Annual report of the Bengal Veterinary College and of the Civil Veterinary Department, Bengal, for the year 1907-1908 - 1907-1908
Year: 1907
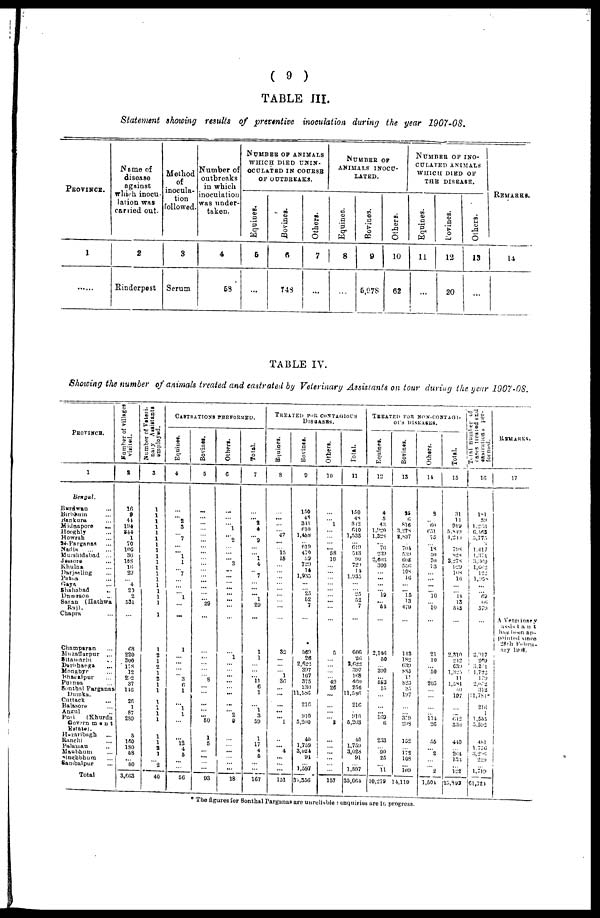
( 9 )
TABLE III.
Statement showing results of preventive inoculation during the year 1901-08.
PROVINCE.
1
......
Name of
disease
against
which inocu-
lation was
carried out.
2
Rinderpest
Method
of
inocula-
tion
followed.
3
Serum
Number of
outbreaks
in which
inoculation
was under-
taken.
4
58
NUMBER
OF
ANIMALS
WHICH DIED UNIN
OCULATED IN COURSE
OF
OUTBREAKS.
Equines.
5
...
Bovines.
6
743
Others.
7
...
NUMBER
OF
ANIMALS
INOCU-
-----.
Equines.
8
...
Bovines.
9
5,978
Others.
10
62
NUMBER OF INO¬
CULATED ANIMALS
WHICH DIED OF
THE DISEASE.
Equines.
11
...
Bovines.
12
20
Others.
13
...
REMARKS.
14
TABLE IV.
Showing the number of animals treated and castrated by Veterinary Assistants on tour during the year 1907-08.
PROVINCE.
1
Bengal.
Burdwan ...
Birbhum ...
Bankura ...
Midnapore ...
Hooghly ...
Howrah ...
24-Parganas ...
Nadia ... ...
Murshidabad
...
Jessore ...
Khulna ...
Darjeeling ...
Patna ...
Gaya ...
Shahabad ...
Dumraon ...
Saran
(Hathwa
Raj).
Chapra ...
Champaran ...
Muzaffarpur
...
Sitamarhi ...
Darbhanga ...
Monghyr ...
Bhagalpur ...
Purnea ...
Sonthal Parganas
Dumka.
Cuttack ...
Balasore ...
Angul ...
Puri
(Khurda
Government
Estate).
Hazaribagh ...
Ranchi ...
Palamau ...
Manbhum
Singhbhum
Sambalpur
Total
Number of villages
visited.
2
16
9
44
194
844
1
70
100
30
108
16 29
4
25 2
531
68
220
300
178
12
232
37
146
26
1
87
2S9
5
160
180 58
80
3,603
Number of Veleri-
nary Assistants
employed.
3
1
1
1
1
1
1
1
1
1
1
1
1
1
1
1
1
1
1
1
2
1
2
1
2
1
1
1
1
1
1
1
I
2
1
2
40
CASTRATIONS PERFORMED.
Equines.
4
...
... 2
3
...
7
...
...
1 1
... 7
...
...
...
1
...
...
1
...
... ...
... 3
6
1
...
... 1
1
...
... 12
4
5
...
...
56
Bovines.
5
...
...
...
...
...
...
...
...
...
...
...
...
...
...
...
... 29
...
...
...
... ...
... 8
... ... ...
...
...
...
... 50
1
5
...
...
...
93
Others.
6
...
...
...
1
... 2
...
...
... 3
...
...
...
...
...
...
...
...
... 1
... ...
...
...
...
...
...
...
... 2
9
...
...
...
...
... ...
18
Total.
7
...
...
2
4
...
9
...
... 1 4
...
7
...
...
...
1
29
...
1
1
... ...
... 11 6
1
...
... 1 3
59
1
17
4
5
...
...
167
TREATED FOR CONTAGIOUS
DISEASES.
Equines.
8
...
...
...
... 47
...
... 15
15
...
...
...
...
...
...
...
...
...
32
...
... ...
1 30
...
...
...
...
...
... 1
...
... 4
...
...
...
151
Bovines.
9
150
48
341
610
1,488
... 619
470
59
729
14
1,935
...
... 23 52
7
...
569
26
2,622
397
107
375
230
11,586
... 216
... 910
5,200
40
1,759
3,024
91
1,597
35,356
Others.
10
...
... 1
...
...
... ...
58
10
...
...
...
...
...
... ...
...
...
5
...
... ...
... 4.9
26
...
...
...
...
... 8
...
...
...
...
...
...
157
Total.
11
150
48
342
610
1,535
...
619
543
90
729
14
1,935
...
...
25
52
7
...
606 26
2,022
397
168
400
256
11,586
... 216
... 910
5,203
40
1,759
3,028
91
... 1,597
35,664
TREATED FOR NON-CONTAGI¬
OUS DISEASES.
Equines.
12
4
5
43
1,920
1,328
... 70
239
2,603
300
...
...
...
... 19
...
54
...
2,146
50
... 390
... 553
15
...
...
...
... 169
6
233
... 90
25
... 11
10,279
Bovines.
13
25
6
816
3,278
2,837
... 701
539
605
556
108 10
...
...
15
13
479
...
113
182
639
885
11
823
35
197
...
... 339
298
152
... 172 108
... 109
14,110
Others.
14
2
...
60
651 75
...
18 50
70
73
...
...
...
10
... 10
...
...
...
...
...
21
10
... 50
... 205
...
...
...
...
... 114
26
55
... 2
...
... 2
1,504
Total.
15
31
11
919
5,849 1,249
... 798
828
3,278
929
108
16
... ... 44
13
543
...
2,310
242
639
1,325
11
1,581
60
107
...
... 642
330
440
... 264
133
... 122
25,893
Total
number of
cases
treated and
eastrations per-
formed.
16
181
59
1,263
6,463 5,775
3
1,417
1,371
3,369
1,662 122
1,958
...
...
69
66
579
...
2,947
269
3,261 1,722
179
2,052 312
11,781*
210
1
1,555
5,592
481
1,776
3,206
229
... 1,719
61,724
REMARKS.
17
A Veterinary
assistant
has been ap¬
pointed since
28th Febru¬
ary
1998.
* The figures for Sonthal Parganas are unreliable: enquiries are in progress.